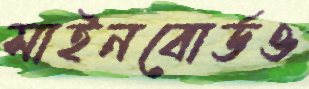
সাইনবোর্ডও